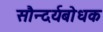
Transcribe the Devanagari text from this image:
सौन्दर्यबोधक